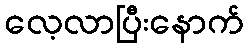
လေ့လာပြီးနောက်